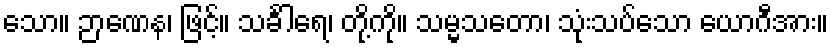
သော။ ဉာဏေန၊ ဖြင့်။ သင်္ခါရေ၊ တို့ကို။ သမ္မသတော၊ သုံးသပ်သော ယောဂီအား။